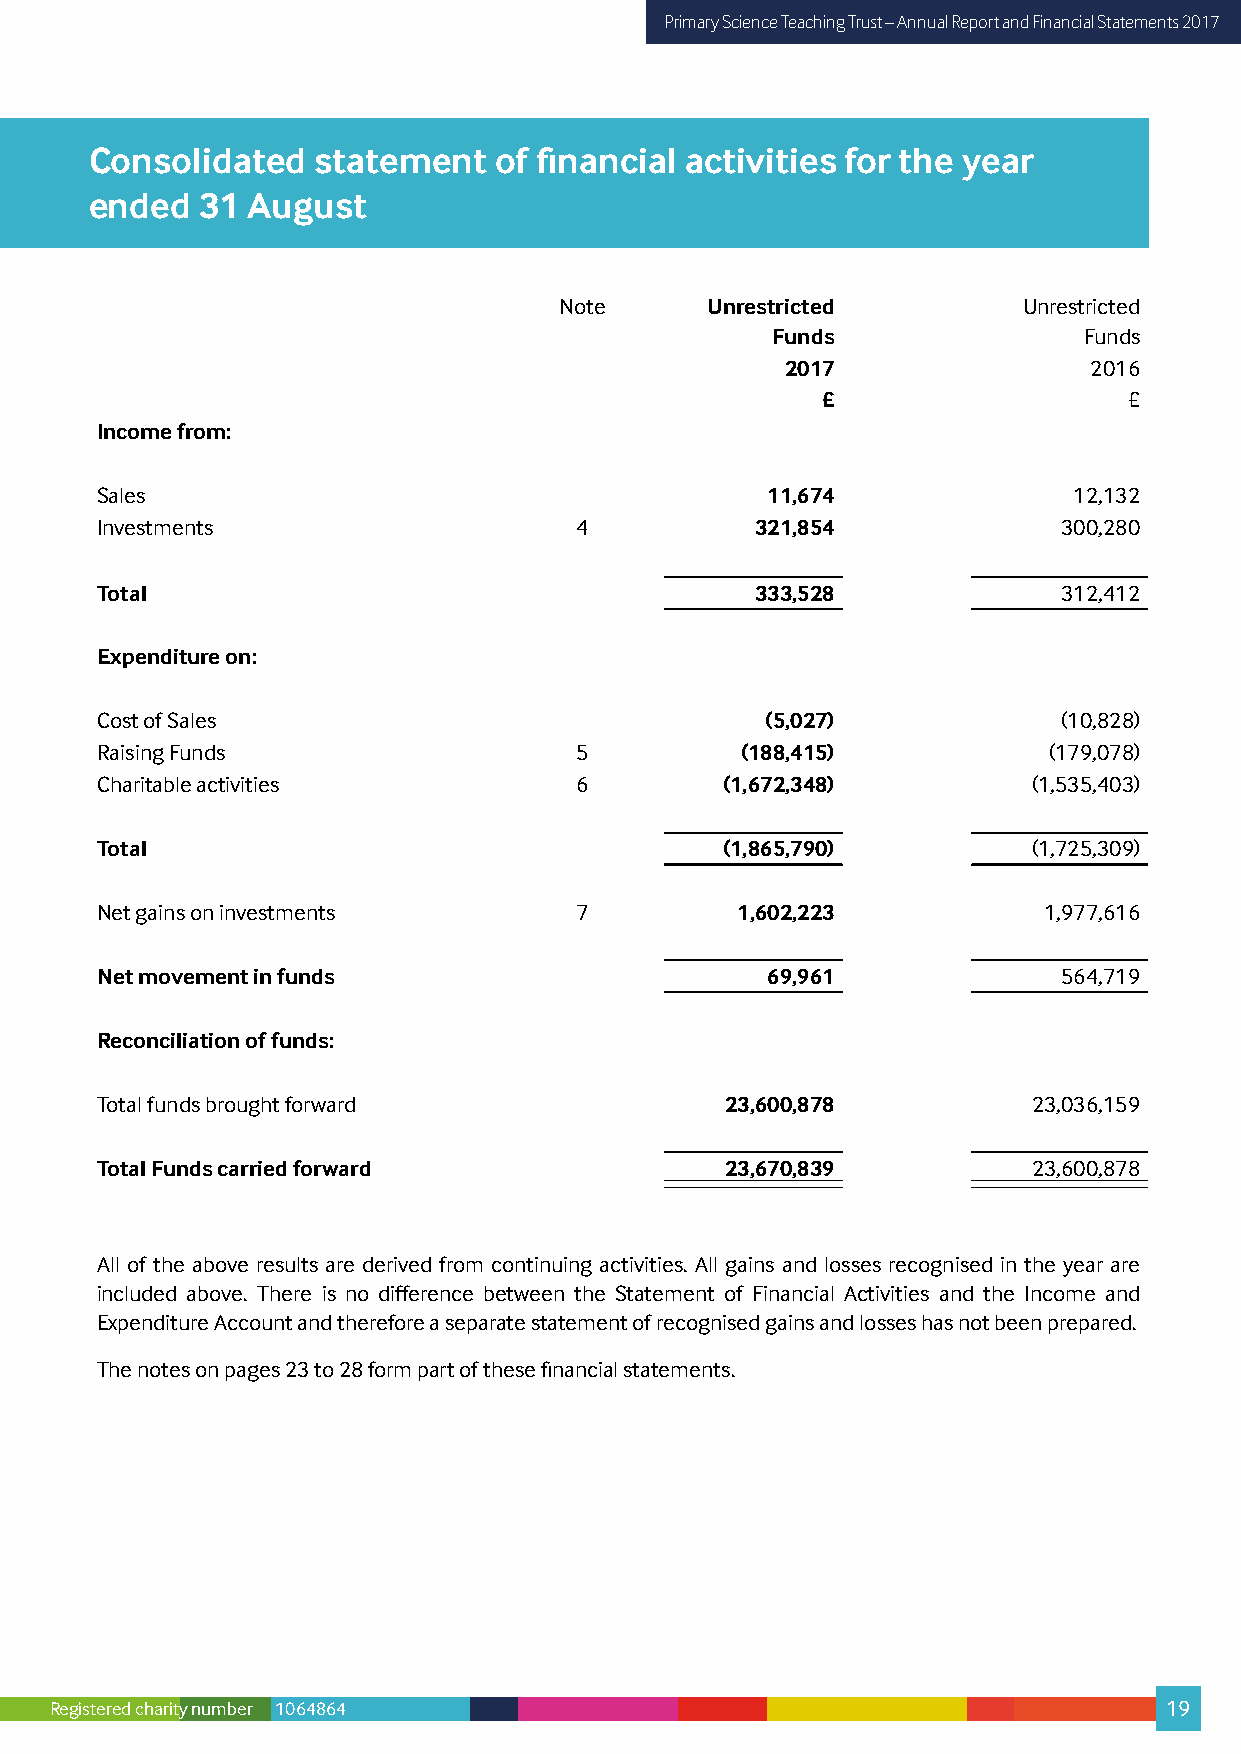
Primary Science Teaching Trust – Annual Report and Financial Statements 2017
 Consolidated   statement   of financial activities for the year
 ended  31 August
 Note      Unrestricted         Unrestricted
 Funds                Funds
 2017                2016
 £                    £
 Income from:
 Sales                                        11,674              12,132
 Investments                     4           321,854             300,280
 Total                                       333,528             312,412
 Expenditure on:
 Cost of Sales                                (5,027)            (10,828)
 Raising Funds                   5          (188,415)           (179,078)
 Charitable activities           6         (1,672,348)         (1,535,403)
 Total                                     (1,865,790)         (1,725,309)
 Net gains on investments        7          1,602,223           1,977,616
 Net movement in funds                        69,961             564,719
 Reconciliation of funds:
 Total funds brought forward               23,600,878          23,036,159
 Total Funds carried forward               23,670,839          23,600,878
 All of the above results are derived from continuing activities. All gains and losses recognised in the year are
 included above. There is no difference between the Statement of Financial Activities and the Income and
 Expenditure Account and therefore a separate statement of recognised gains and losses has not been prepared.
 The notes on pages 23 to 28 form part of these financial statements.
 Registered charity number 1064864                                         19